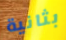
بثانية